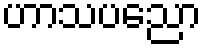
ဟာသပညော